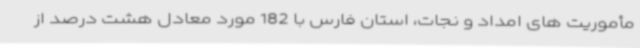
مأموریت های امداد و نجات، استان فارس با 182 مورد معادل هشت درصد از